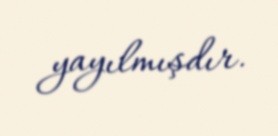
yayılmışdır.